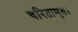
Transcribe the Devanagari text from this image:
चरितामृत।